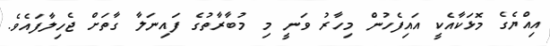
އިއްޔެގެ މޮޅަކާއެކީ އައިފެހުން މިހާރު ވަނީ މި މުބާރާތުގެ ފައިނަލާ ގާތަށް ޖެހިލާފައެވެ.